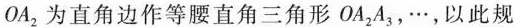
OA_{2}为直角边作等腰直角三角形OA_{2}A_{3}，…，以此规